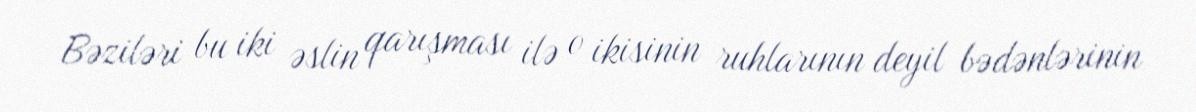
Bəziləri bu iki əslin qarışması ilə o ikisinin ruhlarının deyil bədənlərinin